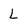
Character: L